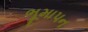
ભૂમાપન